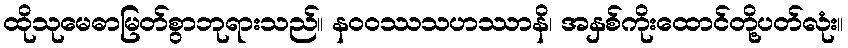
ထိုသုမေဓာမြတ်စွာဘုရားသည်။ နဝဝဿသဟဿာနိ၊ အနှစ်ကိုးထောင်တို့ပတ်လုံး။